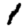
Digit: 1